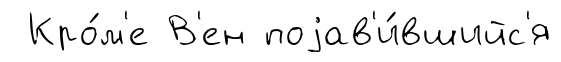
Кро́м'е В'ен поjав'и́вшийс'я